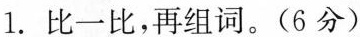
1.比一比，再组词。(6分)